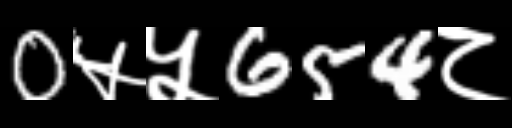
Text: 0५५654८